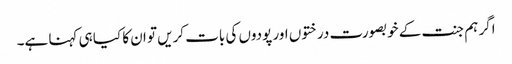
اگر ہم جنت کے خوبصورت درختوں اور پودوں کی بات کریں تو ان کا کیا ہی کہنا ہے۔